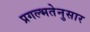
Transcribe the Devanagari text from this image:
प्रगल्भतेनुसार